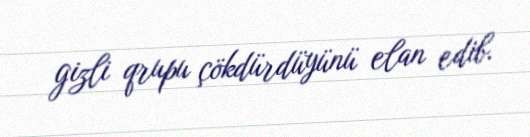
gizli qrupu çökdürdüyünü elan edib.